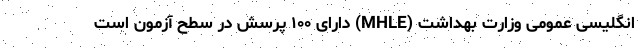
انگلیسی عمومی وزارت بهداشت (MHLE) دارای ۱۰۰ پرسش در سطح آزمون است